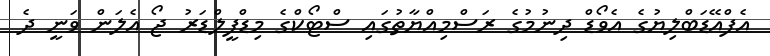
އެފްއޭޑަބްލިޔުގެ އެވޯޑް ދިނުމުގެ ރަސްމިއްޔާތުގައި ސްޓޯކްގެ މިޑްފީލްޑަރު ޖޯ އެލަން ވަނީ ދެ